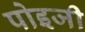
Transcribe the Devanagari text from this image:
पोइजी